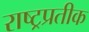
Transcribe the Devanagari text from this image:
राष्ट्रप्रतीक